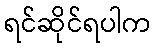
ရင်ဆိုင်ရပါက